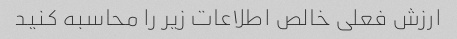
ارزش فعلی خالص اطلاعات زیر را محاسبه کنید